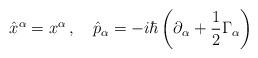
LaTeX: \begin{align*}\hat{x}^{\alpha}=x^{\alpha}\,,\quad\hat{p}_{\alpha}=-i\hbar\left(\partial_{\alpha}+\frac{1}{2}\Gamma_{\alpha}\right)\end{align*}